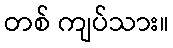
တစ် ကျပ်သား။